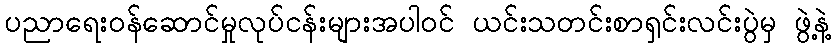
ပညာရေးဝန်ဆောင်မှုလုပ်ငန်းများအပါဝင် ယင်းသတင်းစာရှင်းလင်းပွဲမှ ဖွဲ့နဲ့